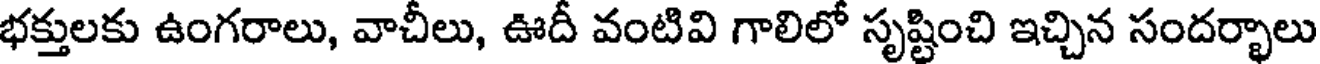
భక్తులకు ఉంగరాలు, వాచీలు, ఊదీ వంటివి గాలిలో సృష్టించి ఇచ్చిన సందర్భాలు